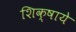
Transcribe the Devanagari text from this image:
शिक्षाये